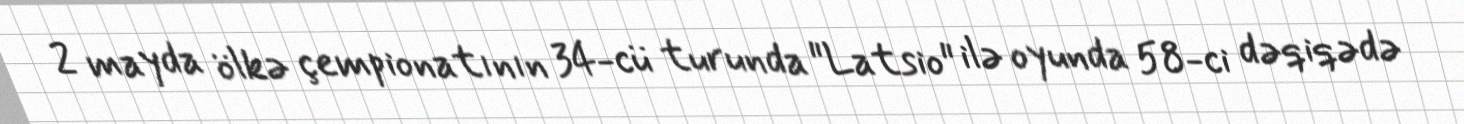
2 mayda ölkə çempionatının 34-cü turunda "Latsio" ilə oyunda 58-ci dəqiqədə